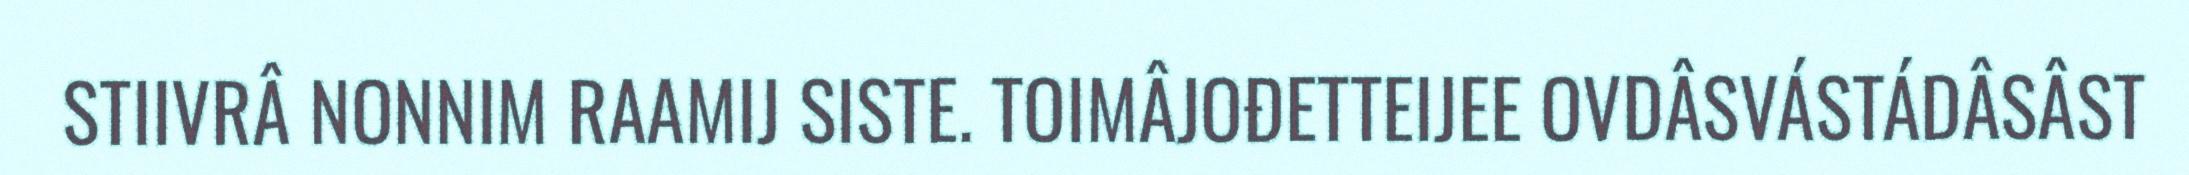
STIIVRÂ NONNIM RAAMIJ SISTE. TOIMÂJOĐETTEIJEE OVDÂSVÁSTÁDÂSÂST